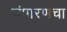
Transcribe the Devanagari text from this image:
चंपारणचा